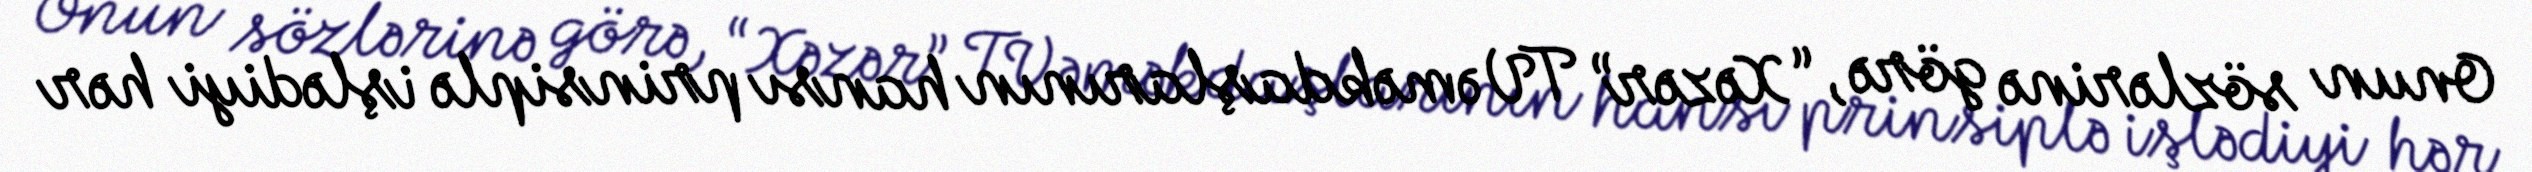
Onun sözlərinə görə, “Xəzər” TV əməkdaşlarının hansı prinsiplə işlədiyi hər